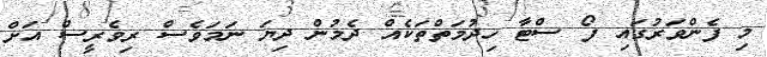
މި ފެންވަރުގައި ފޯ ސްޓާ ހިދުމަތްތަކެއް ދެމުން ދިޔަ ނަމަވެސް ރިވެރީސް އަށް